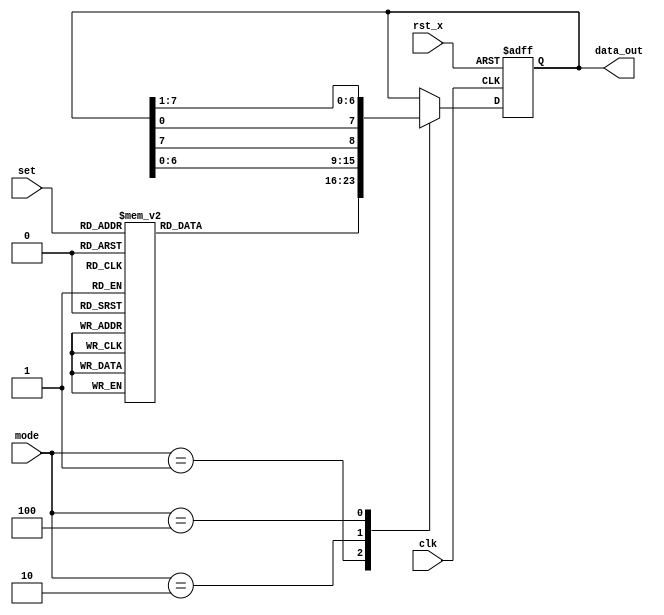
module shift_register(
	clk, rst_x, set, mode, data_out 
);

input clk, rst_x;
input [2:0] set;
input [3:0] mode;
output reg [7:0] data_out;

always @ (posedge clk, negedge rst_x) begin
	if(rst_x == 0) data_out <= 8'b00000000;
	else begin
		case(mode)
			4'b0001: begin
				case(set)
					3'b000: data_out <= 8'b00000001;
					3'b001: data_out <= 8'b00000010;
					3'b010: data_out <= 8'b00000100;
					3'b011: data_out <= 8'b00001000;
					3'b100: data_out <= 8'b00010000;
					3'b101: data_out <= 8'b00100000;
					3'b110: data_out <= 8'b01000000;
					3'b111: data_out <= 8'b10000000;
					endcase
			end
			4'b0010: data_out <= {data_out[6:0], data_out[7]};
			4'b0100: data_out <= {data_out[0], data_out[7:1]};
			4'b1000 : data_out <= data_out;
			default : data_out <= data_out;
		endcase
	end
end
endmodule